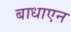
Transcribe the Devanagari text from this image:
बाधाएन